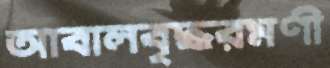
আবালবৃদ্ধরমণী